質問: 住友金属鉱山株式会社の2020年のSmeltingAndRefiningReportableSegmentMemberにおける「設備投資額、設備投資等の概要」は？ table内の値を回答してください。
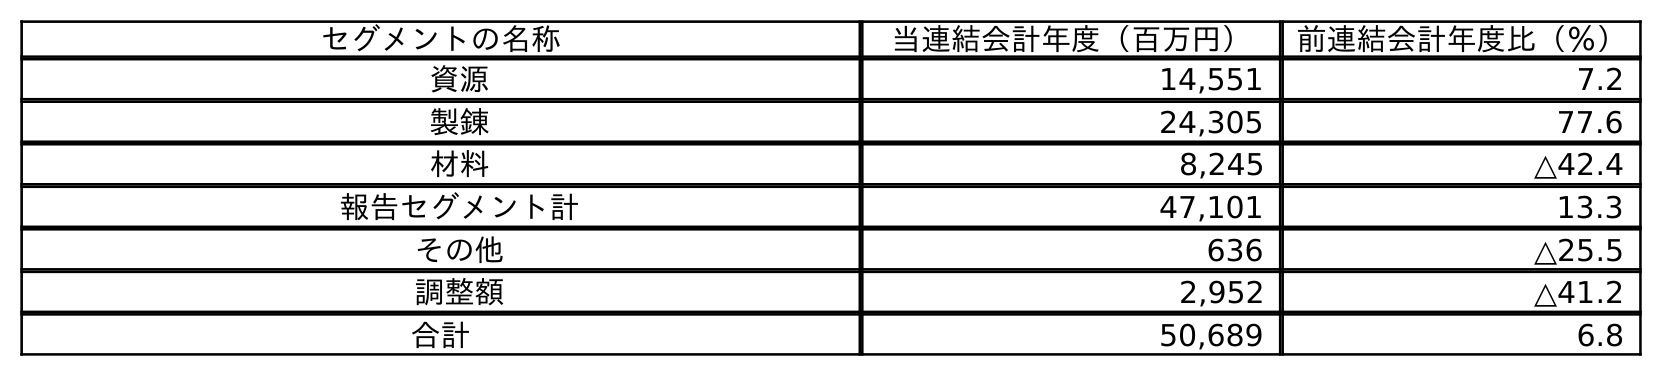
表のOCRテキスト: セグメントの名称 当連結会計年度（百万円） 前連結会計年度比（％） 資源 14,551 7.2 製錬 24,305 77.6 材料 8,245 △42.4 報告セグメント計 47,101 13.3 その他 636 △25.5 調整額 2,952 △41.2 合計 50,689 6.8
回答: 24,305